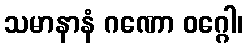
သမာနာနံ ဂဏော ဝဂ္ဂေါ၊